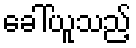
ခေါ်ယူသည့်